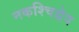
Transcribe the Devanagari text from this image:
नकश्चिद्वेद